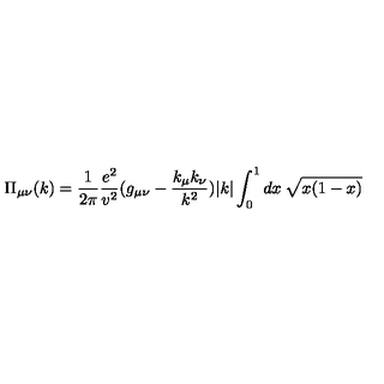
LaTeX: \Pi _ { \mu \nu } ( k ) = \frac { 1 } { 2 \pi } \frac { e ^ { 2 } } { v ^ { 2 } } ( g _ { \mu \nu } - \frac { k _ { \mu } k _ { \nu } } { k ^ { 2 } } ) | k | \int _ { 0 } ^ { 1 } d x \: \sqrt { x ( 1 - x ) }